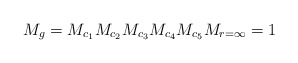
\begin{align*} M_{g}= M_{c_{1}} M_{c_{2}} M_{c_{3}} M_{c_{4}} M_{c_{5}}M_{r=\infty}= 1\end{align*}